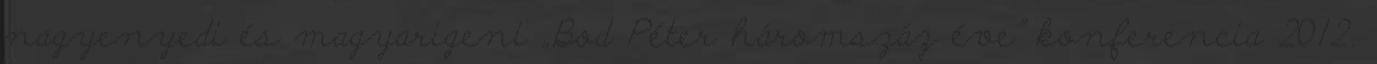
nagyenyedi és magyarigeni „Bod Péter háromszáz éve” konferencia 2012.